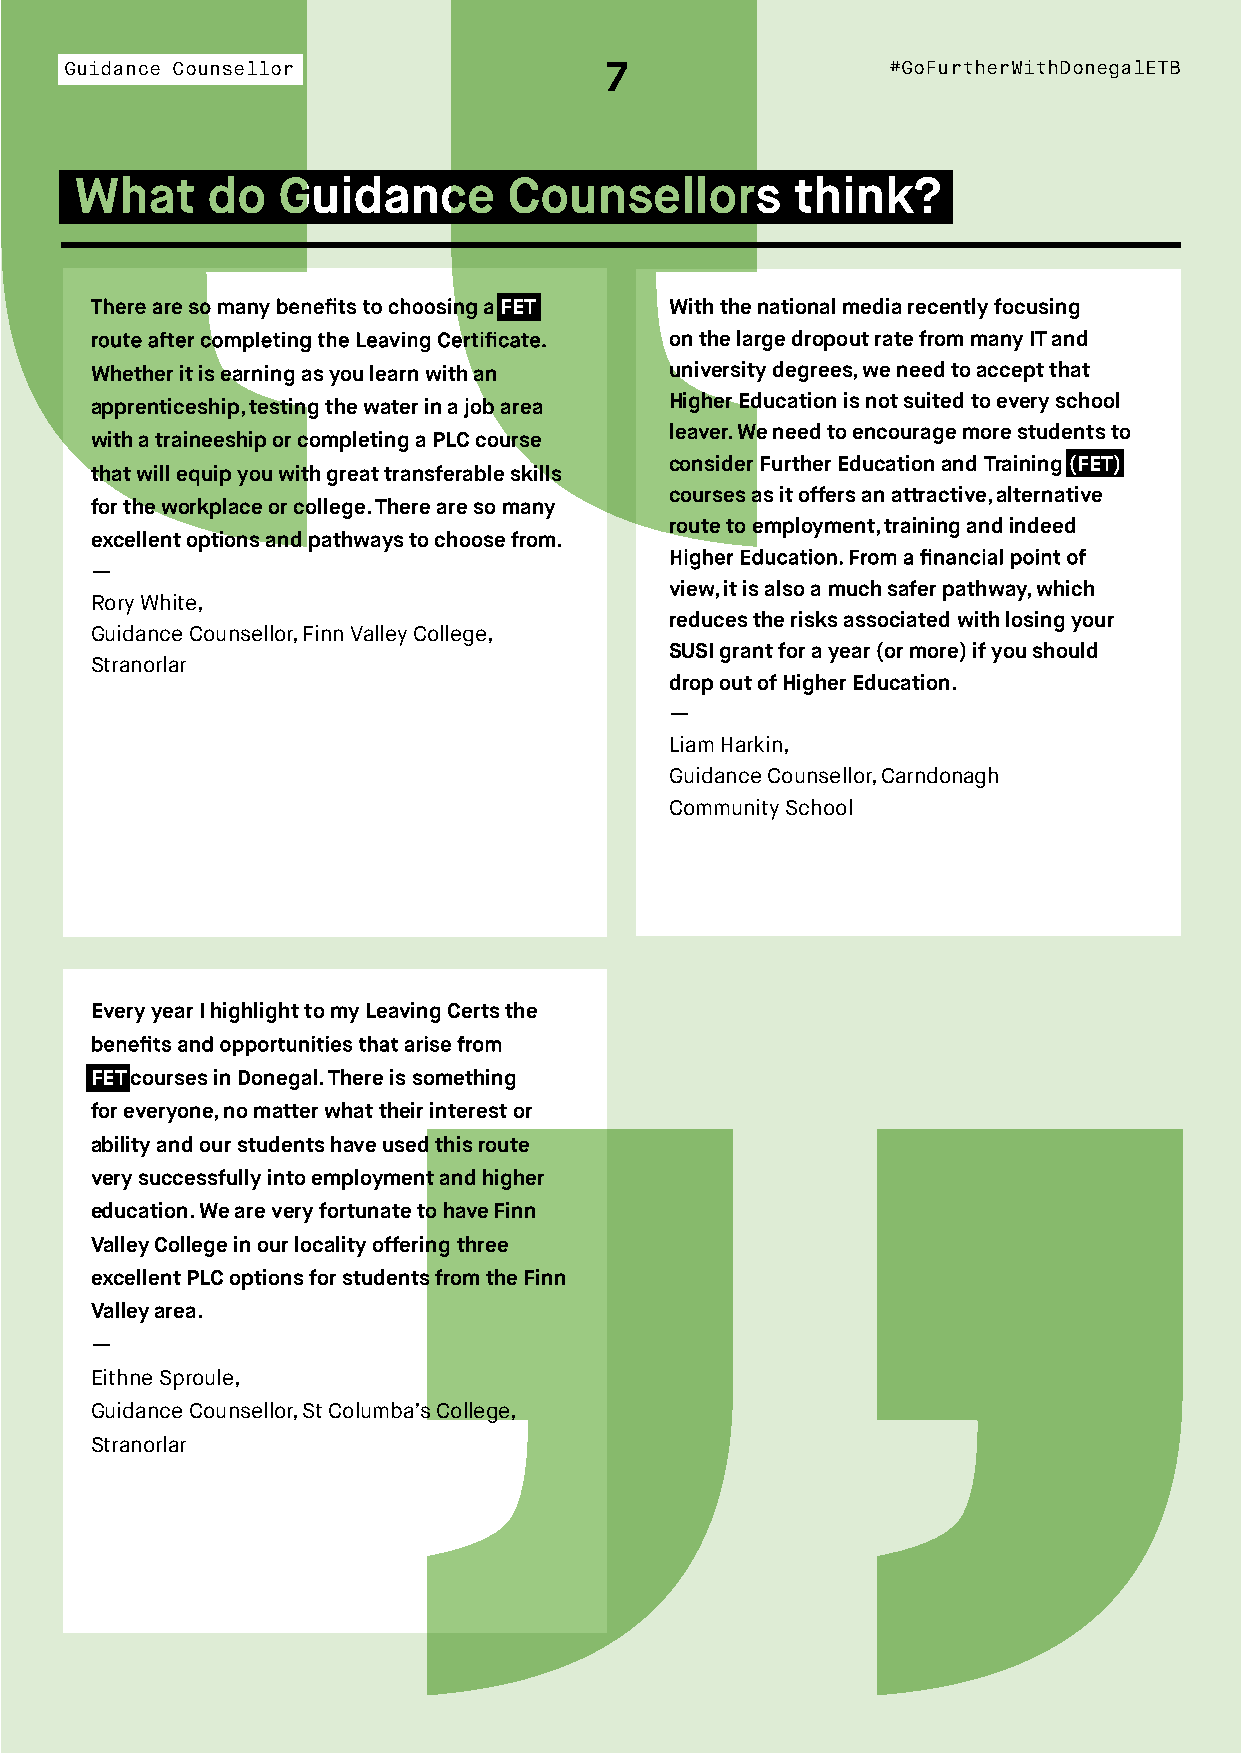
““
 Guidance Counsellor                 7                  #GoFurtherWithDonegalETB
 What     do  Guidance        Counsellors        think?
 FET        With the national media recently focusing
 on the large dropout rate from many IT and
 Whether it is earning as you learn with an university degrees, we need to accept that
 apprenticeship, testing the water in a job area Higher Education is not suited to every school
 leaver. We need to encourage more students to
 with a traineeship or completing a PLC course
 consider Further Education and Training (FET)
 that will equip you with great transferable skills
 courses as it offers an attractive, alternative
 for the workplace or college. There are so many
 route to employment, training and indeed
 excellent options and pathways to choose from.
 —
 view, it is also a much safer pathway, which
 Rory White,
 reduces the risks associated with losing your
 Guidance Counsellor, Finn Valley College,
 SUSI grant for a year (or more) if you should
 Stranorlar
 drop out of Higher Education.
 —
 Liam Harkin,
 Guidance Counsellor, Carndonagh
 Community School
 Every year I highlight to my Leaving Certs the
 FET courses in Donegal. There is something
 for everyone, no matter what their interest or
 ability and our students have used this route
 very successfully into employment and higher
 education. We are very fortunate to have Finn
 Valley College in our locality offering three
 excellent PLC options for students from the Finn
 Valley area.
 —
 Eithne Sproule,
 Guidance Counsellor, St Columba’s College,
 Stranorlar and Chairperson Donegal IGC
 “